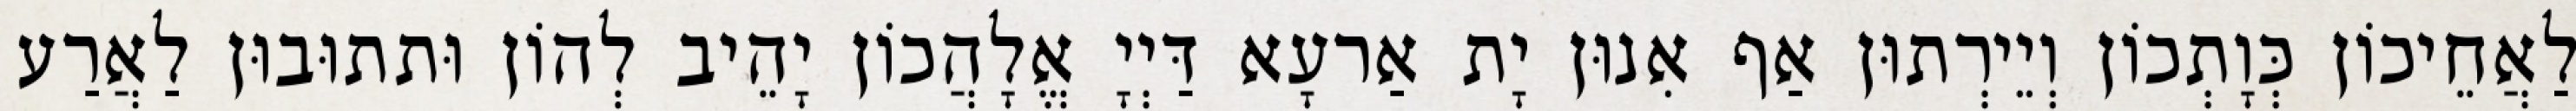
לַאֲחֵיכוֹן כְּוָתְכוֹן וְיֵירְתוּן אַף אִנוּן יָת אַרעָא דַּיְיָ אֱלָהֲכוֹן יָהֵיב לְהוֹן וּתתוּבוּן לַאֲרַע